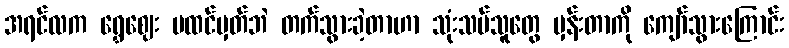
အရင်လက ရွှေဈေး မထင်မှတ်ဘဲ တက်သွားခဲ့တာဟာ သုံးသပ်သူတွေ မှန်းတာကို ကျော်သွားကြောင်း